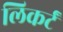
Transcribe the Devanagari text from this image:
लिकर्टं